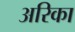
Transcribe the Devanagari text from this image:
अरिका